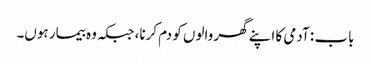
باب : آدمی کا اپنے گھر والوں کو دم کرنا، جبکہ وہ بیمار ہوں۔